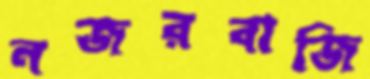
নজরবাজি